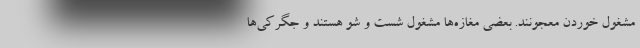
مشغول خوردن معجونند. بعضی مغازه‌ها مشغول شست و شو هستند و جگرکی‌ها